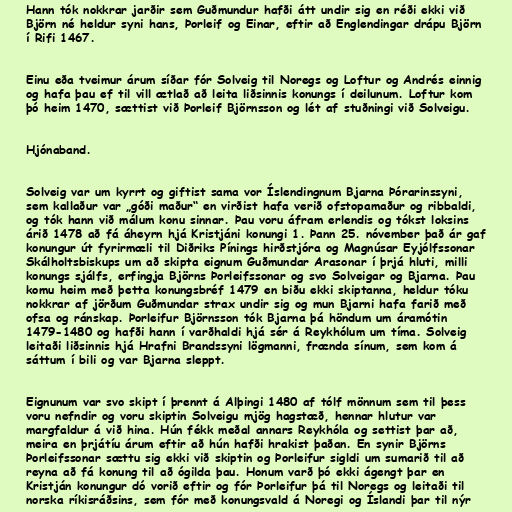
Hann tók nokkrar jarðir sem Guðmundur hafði átt undir sig en réði ekki við
Björn né heldur syni hans, Þorleif og Einar, eftir að Englendingar drápu Björn
í Rifi 1467.

Einu eða tveimur árum síðar fór Solveig til Noregs og Loftur og Andrés einnig
og hafa þau ef til vill ætlað að leita liðsinnis konungs í deilunum. Loftur kom
þó heim 1470, sættist við Þorleif Björnsson og lét af stuðningi við Solveigu.

Hjónaband.

Solveig var um kyrrt og giftist sama vor Íslendingnum Bjarna Þórarinssyni,
sem kallaður var „góði maður“ en virðist hafa verið ofstopamaður og ribbaldi,
og tók hann við málum konu sinnar. Þau voru áfram erlendis og tókst loksins
árið 1478 að fá áheyrn hjá Kristjáni konungi 1. Þann 25. nóvember það ár gaf
konungur út fyrirmæli til Diðriks Pínings hirðstjóra og Magnúsar Eyjólfssonar
Skálholtsbiskups um að skipta eignum Guðmundar Arasonar í þrjá hluti, milli
konungs sjálfs, erfingja Björns Þorleifssonar og svo Solveigar og Bjarna. Þau
komu heim með þetta konungsbréf 1479 en biðu ekki skiptanna, heldur tóku
nokkrar af jörðum Guðmundar strax undir sig og mun Bjarni hafa farið með
ofsa og ránskap. Þorleifur Björnsson tók Bjarna þá höndum um áramótin
1479-1480 og hafði hann í varðhaldi hjá sér á Reykhólum um tíma. Solveig
leitaði liðsinnis hjá Hrafni Brandssyni lögmanni, frænda sínum, sem kom á
sáttum í bili og var Bjarna sleppt.

Eignunum var svo skipt í þrennt á Alþingi 1480 af tólf mönnum sem til þess
voru nefndir og voru skiptin Solveigu mjög hagstæð, hennar hlutur var
margfaldur á við hina. Hún fékk meðal annars Reykhóla og settist þar að,
meira en þrjátíu árum eftir að hún hafði hrakist þaðan. En synir Björns
Þorleifssonar sættu sig ekki við skiptin og Þorleifur sigldi um sumarið til að
reyna að fá konung til að ógilda þau. Honum varð þó ekki ágengt þar en
Kristján konungur dó vorið eftir og fór Þorleifur þá til Noregs og leitaði til
norska ríkisráðsins, sem fór með konungsvald á Noregi og Íslandi þar til nýr